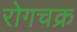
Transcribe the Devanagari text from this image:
रोगचक्र